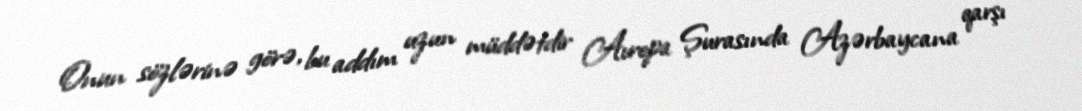
Onun sözlərinə görə, bu addım uzun müddətdir Avropa Şurasında Azərbaycana qarşı